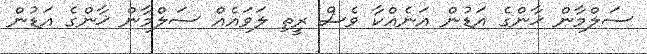
ސަލްމާން ޚާންގެ އަޑުން އަނެއްކާ ވެސް ރީތި ލަވައެއް ސަލްމާން ޚާންގެ އަޑުން